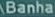
Banha